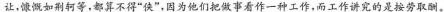
让，慷慨如荆轲等，都算不得”侠”，因为他们把做事看作一种工作，而工作讲究的是按劳取酬。